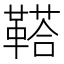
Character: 鞳